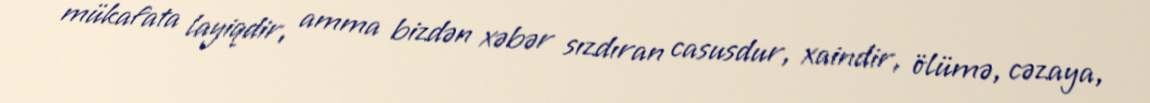
mükafata layiqdir, amma bizdən xəbər sızdıran casusdur, xaindir, ölümə, cəzaya,